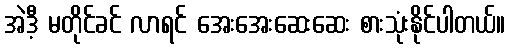
အဲဒီ့ မတိုင်ခင် လာရင် အေးအေးဆေးဆေး စားသုံးနိုင်ပါတယ်။